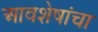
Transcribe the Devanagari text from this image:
आवशेषांचा